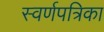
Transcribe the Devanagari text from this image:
स्वर्णपत्रिका